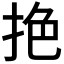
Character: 𢬘